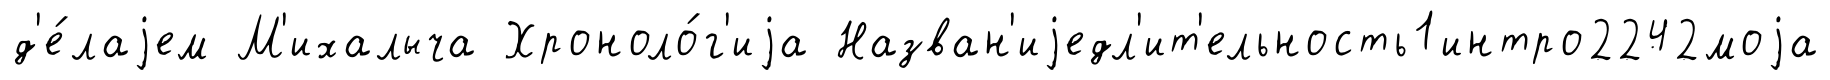
д'е́лаjем М'ихалыча Хроноло́г'иjа Назван'иjедл'ит'ельность1интро2242моjа